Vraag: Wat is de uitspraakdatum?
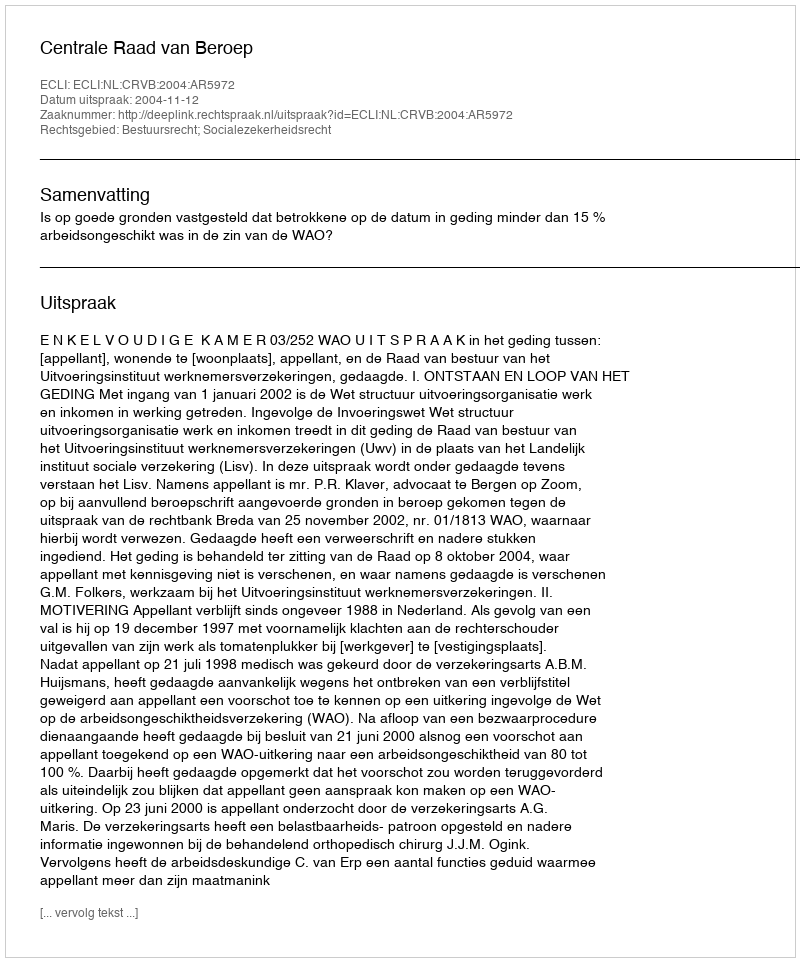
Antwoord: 2004-11-12